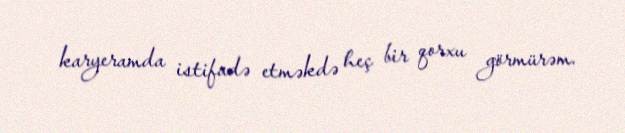
karyeramda istifadə etməkdə heç bir qorxu görmürəm.